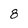
Character: 8